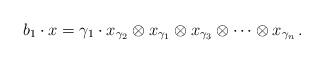
LaTeX: \begin{align*} b_1 \cdot x = \gamma_1 \cdot x_{\gamma_2} \otimes x_{\gamma_1} \otimes x_{\gamma_3} \otimes \dots \otimes x_{\gamma_n} \, . \end{align*}